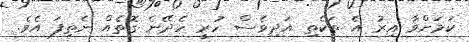
ކަމަށްވާ އިރު އެ ތަކެތި އަދިވެސް ހުރީ ހެދޭނެ ގޮތެއް ނެތިފަ އެވެ.